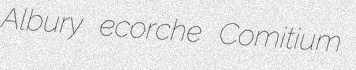
Albury ecorche Comitium